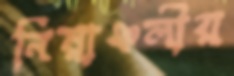
নিম্নাঞ্চলীয়